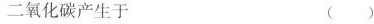
二氧化碳产生于 ( )